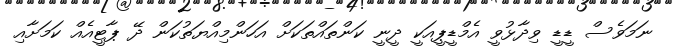
ނަމަވެސް ޑީޑީ ވިދާޅުވީ އެމްޑީޕީއަކީ ދީނީ ކަންތައްތަކަށް އަހަންމިއްޔަތުކަން ދޭ ޕާޓީއެއް ކަމަށާއި